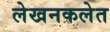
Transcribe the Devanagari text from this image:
लेखनकलेत